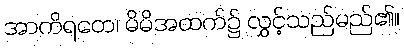
အာကိရတေ၊ မိမိအထက်၌ လွှင့်သည်မည်၏။